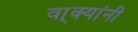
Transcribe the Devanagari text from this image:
वा्क्यांनी